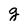
Character: g